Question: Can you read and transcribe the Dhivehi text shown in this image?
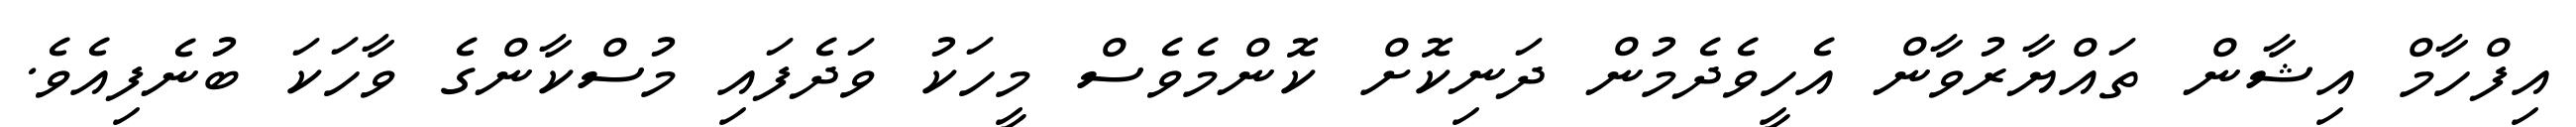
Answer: އިފްހާމް އިޝާން ތައްޔާރުވާން އެހީވެދެމުން ދަނިކޮށް ކޮންމެވެސް މީހަކު ވަދެފައި މުސްކާންގެ ވާހަކަ ބުނެފިއެވެ.